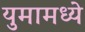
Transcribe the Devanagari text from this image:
युमामध्ये